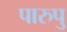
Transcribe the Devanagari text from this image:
पारुपु